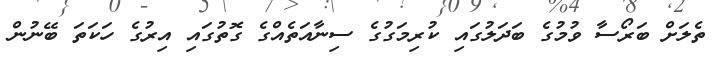
ތެލަށް ބަރޯސާ ވުމުގެ ބަދަލުގައި ކުރިމަގުގެ ސިނާއަތެއްގެ ގޮތުގައި އިރުގެ ހަކަތަ ބޭނުން